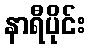
နာရီပိုင်း